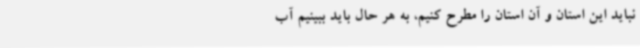
نباید این استان و آن استان را مطرح کنیم، به هر حال باید ببینیم آب